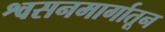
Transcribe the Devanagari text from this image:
श्वसनमार्गातून